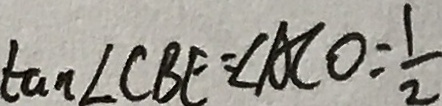
\tan \angle C B E = \angle A C O = \frac { 1 } { 2 }